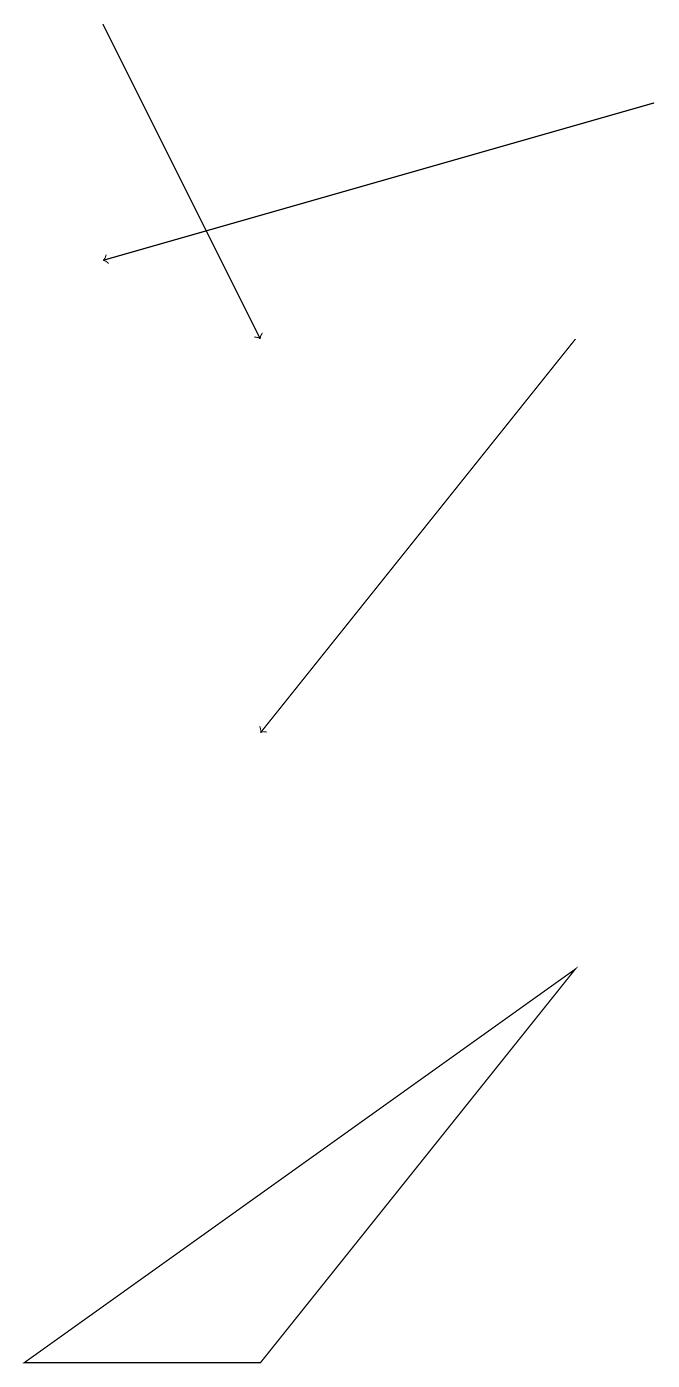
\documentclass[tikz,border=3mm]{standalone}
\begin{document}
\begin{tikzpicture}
\draw (3,2) -- (0,2) -- (7,7) -- cycle;
\draw[->] (8,18) -- (1,16);
\draw[->] (7,15) -- (3,10);
\draw[->] (1,19) -- (3,15);
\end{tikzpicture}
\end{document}